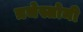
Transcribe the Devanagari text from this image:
त्रचेस्तोमी